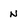
Character: N